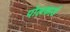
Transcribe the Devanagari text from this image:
पोलकार्ड